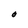
Character: O